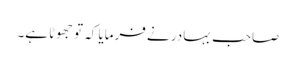
صاحب بہادر نے فرمایا کہ تو جھوٹا ہے۔